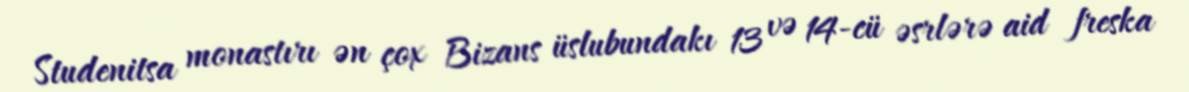
Studenitsa monastırı ən çox Bizans üslubundakı 13 və 14-cü əsrlərə aid freska